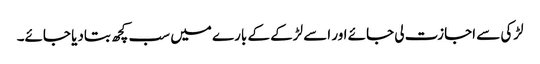
لڑکی سے اجازت لی جائے اور اسے لڑکے کے بارے میں سب کچھ بتادیا جائے۔